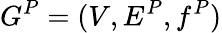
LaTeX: G^{P}=(V,E^{P},f^{P})